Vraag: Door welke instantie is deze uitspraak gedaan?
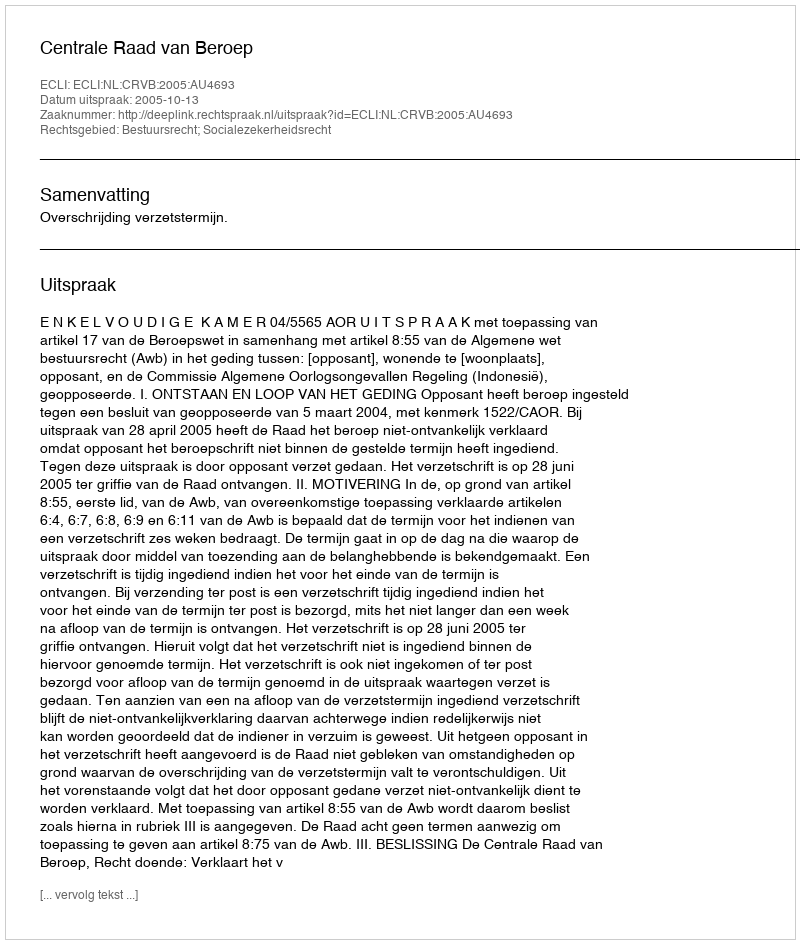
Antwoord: Centrale Raad van Beroep